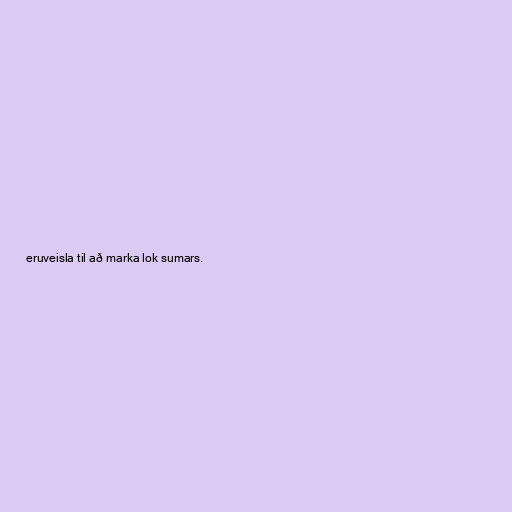
eruveisla til að marka lok sumars.